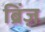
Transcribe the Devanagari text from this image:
ब्रिंज़